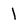
Character: 1